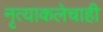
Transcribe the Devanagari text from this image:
नृत्याकलेचाही